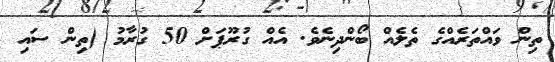
ތިން ވައްތަރެއްގެ ތެލެއް ބޯންދިނެވެ. އެއް ގުރޫޕަށް 50 ގުރާމު (ތިން ސައި